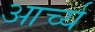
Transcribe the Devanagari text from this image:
आर्च्य